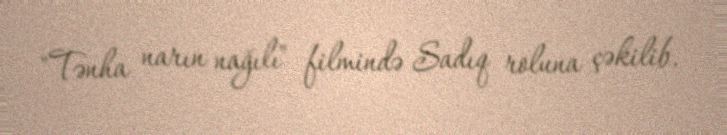
"Tənha narın nağılı" filmində Sadıq roluna çəkilib.